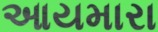
આયમારા